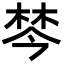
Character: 棽